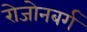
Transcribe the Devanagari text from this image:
रोजोनबर्ग